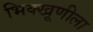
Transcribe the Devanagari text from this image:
भिक्खूणीला